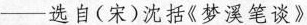
——选自(宋)沈括《梦溪笔谈》